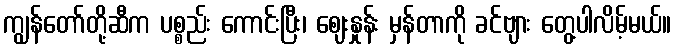
ကျွန်တော်တို့ဆီက ပစ္စည်း ကောင်းပြီး၊ ဈေးနှုန်း မှန်တာကို ခင်ဗျား တွေ့ပါလိမ့်မယ်။